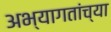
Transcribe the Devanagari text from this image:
अभ्यागतांच्या